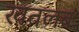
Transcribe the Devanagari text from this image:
खतलब